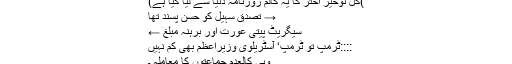
)گل نوخیز اختر کا یہ کالم روزنامہ دنیا سے لیا گیا ہے)
→ تصدق سہیل کو حسن پسند تھا
سیگریٹ پیتی عورت اور برہنہ مبّلغ ←
::::ٹرمپ تو ٹرمپ‘ آسٹریلوی وزیراعظم بھی کم نہیں
وہی کالعدم جماعتوں کا معاملہ ۔